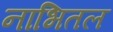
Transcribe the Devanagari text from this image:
नाभितल